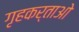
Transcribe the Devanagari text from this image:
गृहकर्ताओ